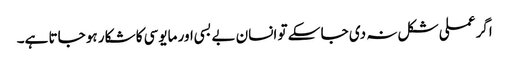
اگر عملی شکل نہ دی جا سکے تو انسان بے بسی اور مایوسی کا شکار ہو جاتا ہے۔